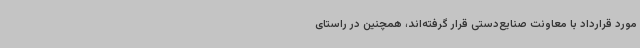
مورد قرارداد با معاونت صنایع‌دستی قرار گرفته‌اند، همچنین در راستای